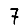
Digit: 7